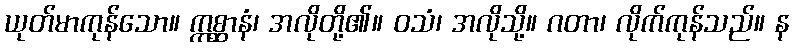
ယုတ်မာကုန်သော။ ဣစ္ဆာနံ၊ အလိုတို့၏။ ဝသံ၊ အလိုသို့။ ဂတာ၊ လိုက်ကုန်သည်။ န